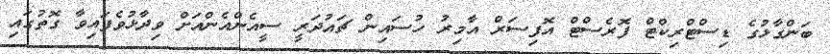
ބަންގާޅުގެ ޑިސްޓްރިކްޓް ފޮރެސްޓް އޮފިސަރް އާމިރު ހުސައިން ޗައުދަރީ ސީއެންއެންއަށް ވިދާޅުވެފައިވާ ގޮތުގައި